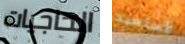
الحاجيات لأستعيد